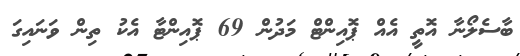
ބާސެލޯނާ އޮތީ އެއް ޕޮއިންޓް މަދުން 69 ޕޮއިންޓާ އެކު ތިން ވަނައިގަ